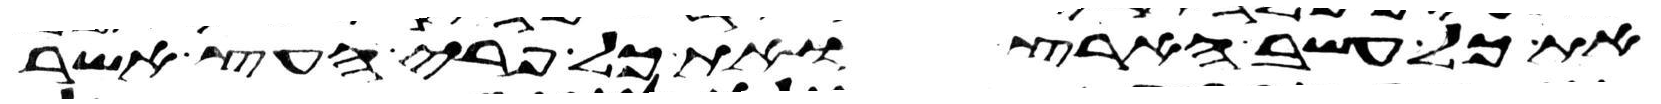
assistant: את כל עשב הארץ ואת כל פרי העץ אשר